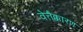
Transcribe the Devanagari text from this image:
वेत्तैक्कारण